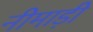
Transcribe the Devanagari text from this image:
नीमाड़ी